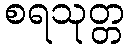
စရသုတ္တ